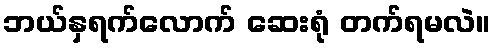
ဘယ်နှရက်လောက် ဆေးရုံ တက်ရမလဲ။